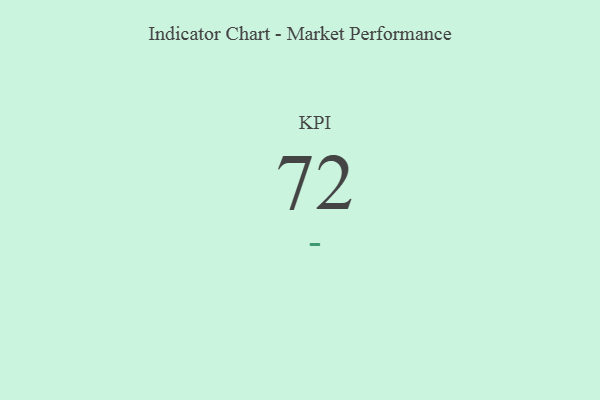
{"axis": {"x": "KPI", "y": "Value"}, "legend": [""], "data": [{"x": "KPI", "y": 72, "type": ""}]}